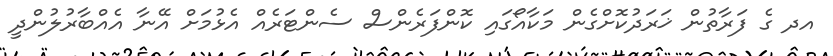
އދ ގެ ފަރާތުން ޚަރަދުކޮށްގެން މަކާއޯގައި ކޮންފަރެންސް ސެންޓަރެއް އެޅުމަށް އޭނާ އެއްބާރުލުންދީ